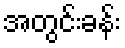
အတွင်းခန်း